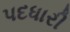
પદધારી